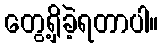
တွေ့ရှိခဲ့ရတာပါ။